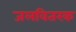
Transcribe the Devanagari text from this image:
जलवितरक